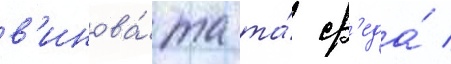
в'инова́та та́ ср'еда́ /